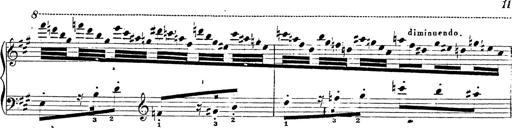
Title: Chanson bohÃ©mienne
Composer: Franz Liszt